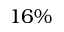
1 6 \%